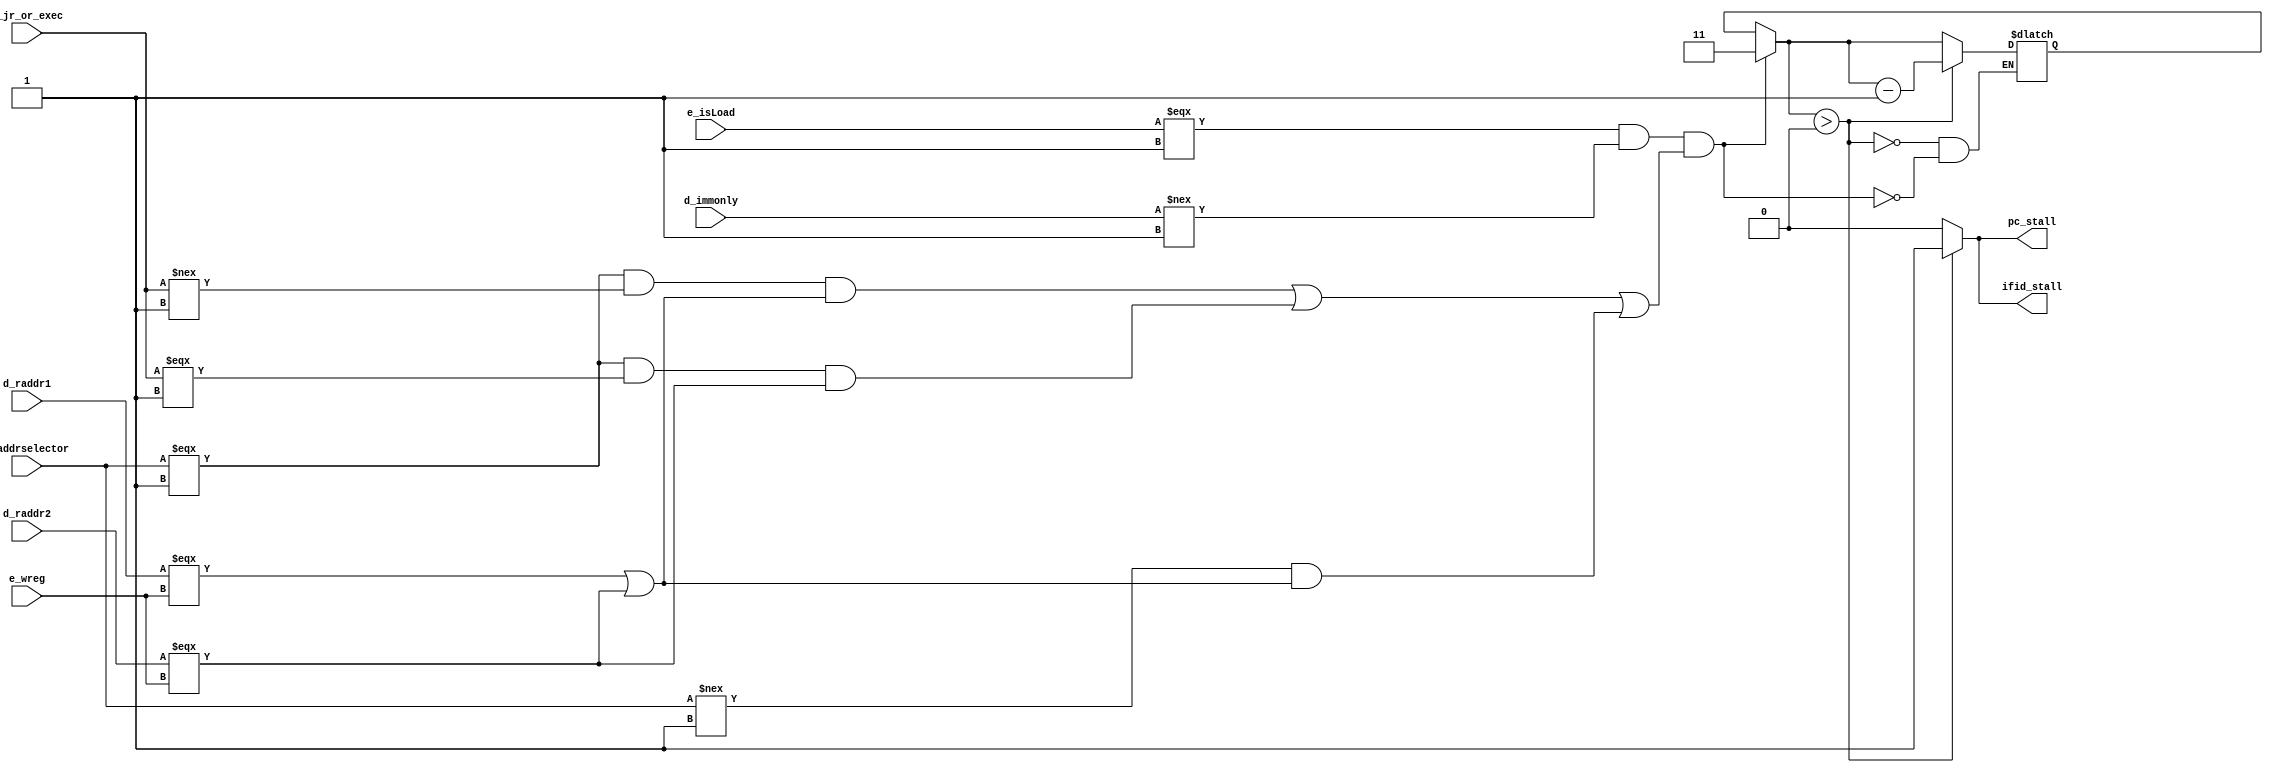
module hdu(
  d_raddr1, d_raddr2, d_addrselector, d_jr_or_exec, d_immonly, e_isLoad, e_wreg, 
  //nop_alu_stall, nop_lw_stall, nop_sw_stall,  // this doesn't seem to be required for this
  pc_stall, ifid_stall
);
// d_addrselector is lhb_llb_regcon, it gives addr fof [11:8] in raddr2 when 1 OR [7:4] in raddr2 when 0
// jal or exec is jal || exec
// ! (jal || exec) will indicate sw instruction
// d_immonly is 1 for instructions which only use immediates or offsets and don't need to be stalled
input [3:0] d_raddr1;
input [3:0] d_raddr2;
input d_addrselector;
input d_jr_or_exec;
input d_immonly;
input e_isLoad;
input e_wreg;
output pc_stall;
output ifid_stall; 
reg pc_stall_temp;
reg ifid_stall_temp;

reg [1:0] stallCount;

always @ (*)
begin
  stallCount = (e_isLoad===1'b1 && d_immonly!==1'b1 && (
(d_addrselector===1'b1 && d_jr_or_exec!==1'b1 && (d_raddr1===e_wreg || d_raddr2===e_wreg)) ||//Check if instr in d is sw and whether it needs a stall
(d_addrselector===1'b1 && d_jr_or_exec===1'b1 && (d_raddr2===e_wreg)) || // JR or exec
(d_addrselector!==1'b1 && (d_raddr1===e_wreg || d_raddr2===e_wreg))
)) ? 2'b111 :  stallCount;
  if(stallCount>3'b00) begin
    pc_stall_temp = 1'b1;
    ifid_stall_temp = 1'b1;
    stallCount = stallCount-1'b1;
  end
  else begin
    pc_stall_temp = 1'b0;
    ifid_stall_temp = 1'b0;
  end  
end
assign pc_stall = pc_stall_temp;
assign ifid_stall = ifid_stall_temp;

/// NOP also has to sent through the whole pipeline 3 times

endmodule